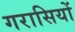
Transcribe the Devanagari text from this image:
गरासियों